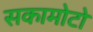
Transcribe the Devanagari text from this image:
सकामोटो